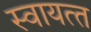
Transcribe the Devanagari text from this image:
स्‍वायत्‍त